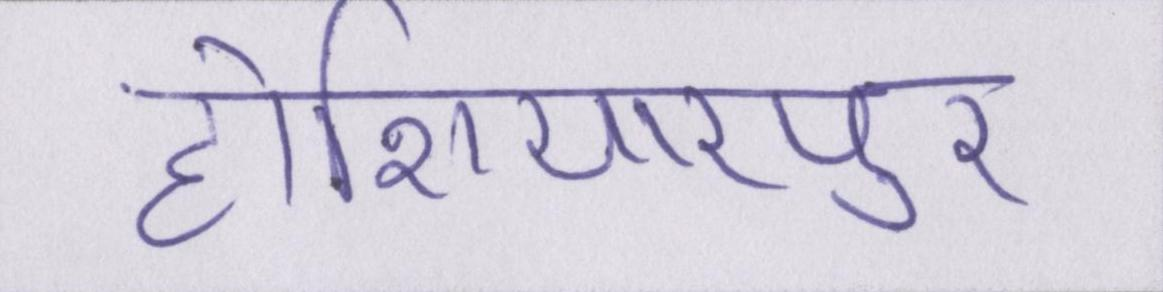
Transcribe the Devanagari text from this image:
होशियारपुर